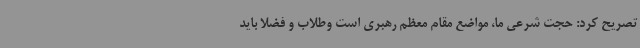
تصریح کرد: حجت شرعی ما، مواضع مقام معظم رهبری است وطلاب و فضلا باید